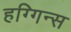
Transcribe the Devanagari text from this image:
हग्गिन्स